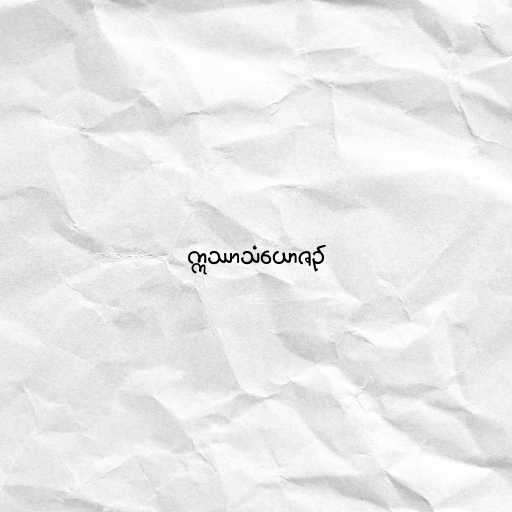
ဣဿာသံယောဇဉ်